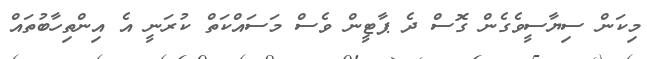
މިކަން ސިޔާސީވެގެން ގޮސް ދެ ޕާޓީން ވެސް މަސައްކަތް ކުރަނީ އެ އިންތިހާބުތައް